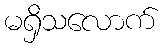
မရှိသလောက်